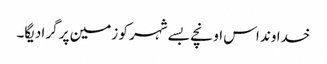
خدا وند اس اونچے بسے شہر کو زمین پر گرا دیگا۔